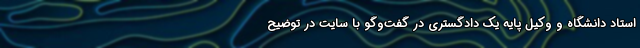
استاد دانشگاه و وکیل پایه یک دادگستری در گفت‌وگو با سایت در توضیح